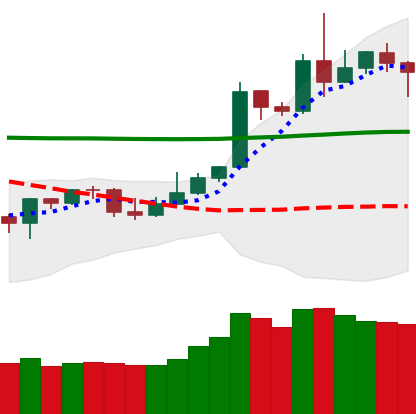
Ticker: DOGE-USD
Chart end date: 2020-05-04
Forward return: 5.32%
Label: up_5_7